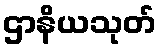
ဌာနိယသုတ်